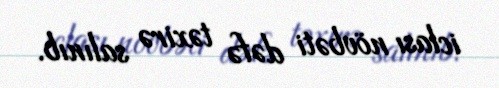
iclası növbəti dəfə təxirə salınıb.